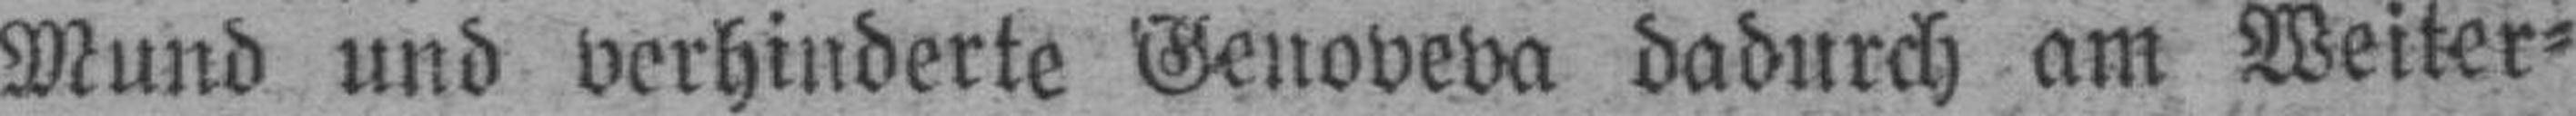
Mund und verhinderte Genoveva dadurch am Weiter¬